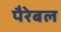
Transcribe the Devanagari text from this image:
पैरेबल